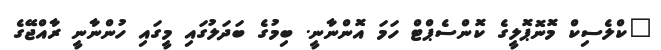
"ކްލެސިކް މޮނޮޕޮލީގެ ކޮންސެޕްޓް ހަމަ އޮންނާނީ. ބިމުގެ ބަދަލުގައި މީގައި ހުންނާނީ ރާއްޖޭގެ